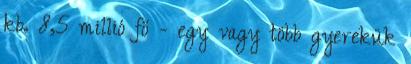
kb. 8,5 millió fő - egy vagy több gyerekük